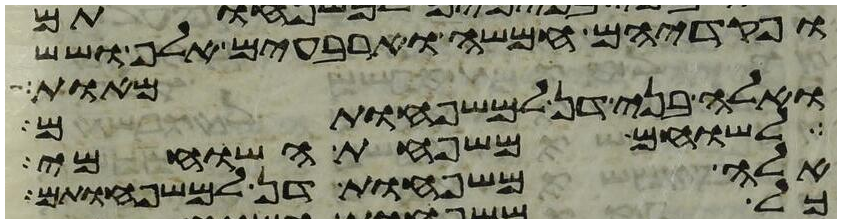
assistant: ופקדיהם חמשה וארבעים אלף ושש
מאות
ואלה בני דן למשפחותם
לשוחם משפחת השוחמי
אלה משפחות דן למשפחותם